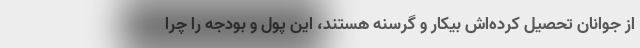
از جوانان تحصیل کرده‌اش بیکار و گرسنه هستند، این پول و بودجه را چرا